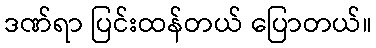
ဒဏ်ရာ ပြင်းထန်တယ် ပြောတယ်။